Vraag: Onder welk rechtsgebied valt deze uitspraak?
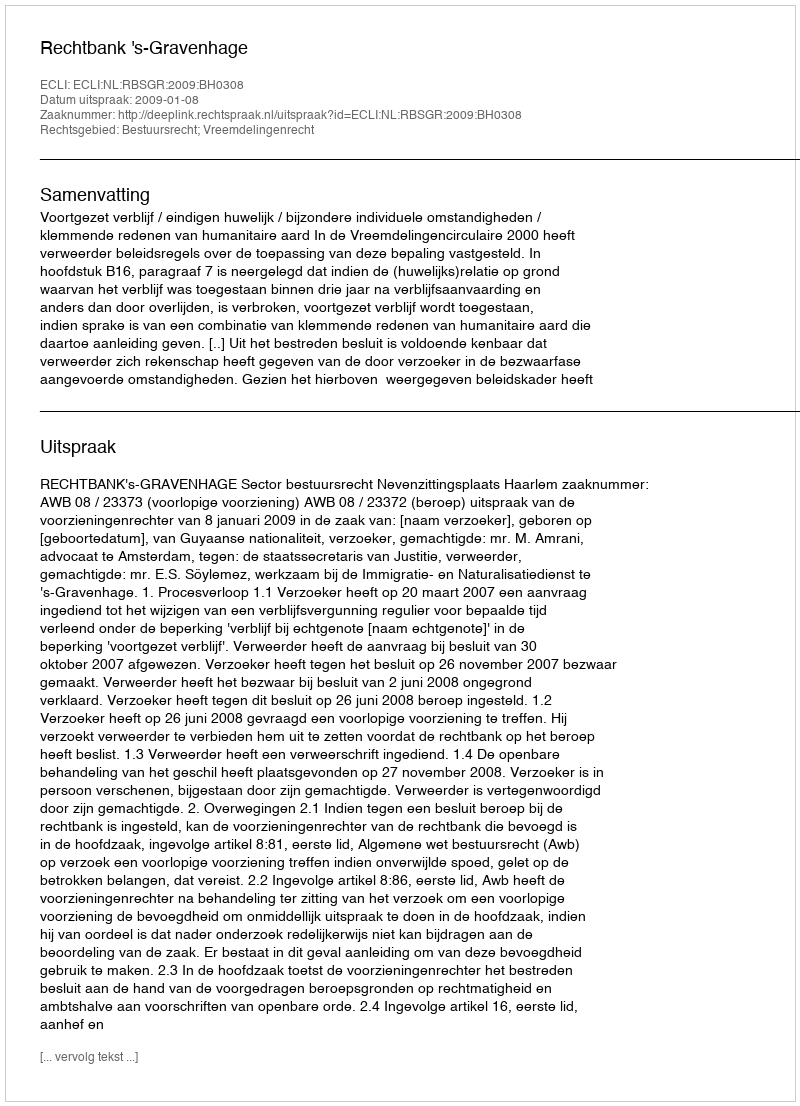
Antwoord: Bestuursrecht; Vreemdelingenrecht